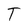
Character: T